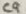
Text: C9